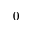
0